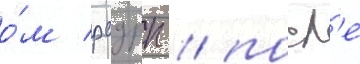
о́м рсдрп / посл'е